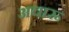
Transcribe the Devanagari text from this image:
अचारू